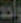
واحد